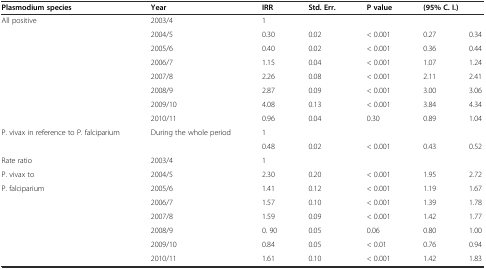
<table><thead><tr><td><b>Plasmodium species</b></td><td><b>Year</b></td><td><b>IRR</b></td><td><b>Std. Err.</b></td><td><b>P value</b></td><td colspan="2"><b>(95% C. I.)</b></td></tr></thead><tbody><tr><td rowspan="8">All positive</td><td>2003/4</td><td>1</td><td></td><td></td><td></td><td></td></tr><tr><td>2004/5</td><td>0.30</td><td>0.02</td><td>&lt; 0.001</td><td>0.27</td><td>0.34</td></tr><tr><td>2005/6</td><td>0.40</td><td>0.02</td><td>&lt; 0.001</td><td>0.36</td><td>0.44</td></tr><tr><td>2006/7</td><td>1.15</td><td>0.04</td><td>&lt; 0.001</td><td>1.07</td><td>1.24</td></tr><tr><td>2007/8</td><td>2.26</td><td>0.08</td><td>&lt; 0.001</td><td>2.11</td><td>2.41</td></tr><tr><td>2008/9</td><td>2.87</td><td>0.09</td><td>&lt; 0.001</td><td>3.00</td><td>3.06</td></tr><tr><td>2009/10</td><td>4.08</td><td>0.13</td><td>&lt; 0.001</td><td>3.84</td><td>4.34</td></tr><tr><td>2010/11</td><td>0.96</td><td>0.04</td><td>0.30</td><td>0.89</td><td>1.04</td></tr><tr><td rowspan="2">P. vivax in reference to P. falciparium</td><td rowspan="2">During the whole period</td><td>1</td><td></td><td></td><td></td><td></td></tr><tr><td>0.48</td><td>0.02</td><td>&lt; 0.001</td><td>0.43</td><td>0.52</td></tr><tr><td>Rate ratio</td><td>2003/4</td><td>1</td><td></td><td></td><td></td><td></td></tr><tr><td>P. vivax to</td><td>2004/5</td><td>2.30</td><td>0.20</td><td>&lt; 0.001</td><td>1.95</td><td>2.72</td></tr><tr><td>P. falciparium</td><td>2005/6</td><td>1.41</td><td>0.12</td><td>&lt; 0.001</td><td>1.19</td><td>1.67</td></tr><tr><td></td><td>2006/7</td><td>1.57</td><td>0.10</td><td>&lt; 0.001</td><td>1.39</td><td>1.78</td></tr><tr><td></td><td>2007/8</td><td>1.59</td><td>0.09</td><td>&lt; 0.001</td><td>1.42</td><td>1.77</td></tr><tr><td></td><td>2008/9</td><td>0. 90</td><td>0.05</td><td>0.06</td><td>0.80</td><td>1.00</td></tr><tr><td rowspan="2"></td><td>2009/10</td><td>0.84</td><td>0.05</td><td>&lt; 0.01</td><td>0.76</td><td>0.94</td></tr><tr><td>2010/11</td><td>1.61</td><td>0.10</td><td>&lt; 0.001</td><td>1.42</td><td>1.83</td></tr></tbody></table>